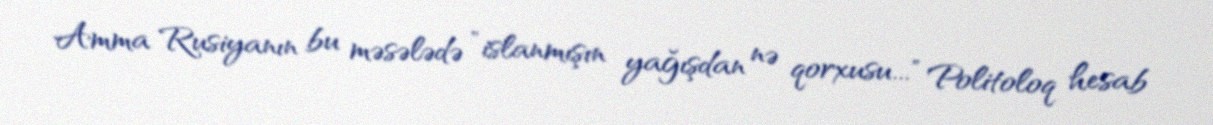
Amma Rusiyanın bu məsələdə ”islanmışın yağışdan nə qorxusu..." Politoloq hesab